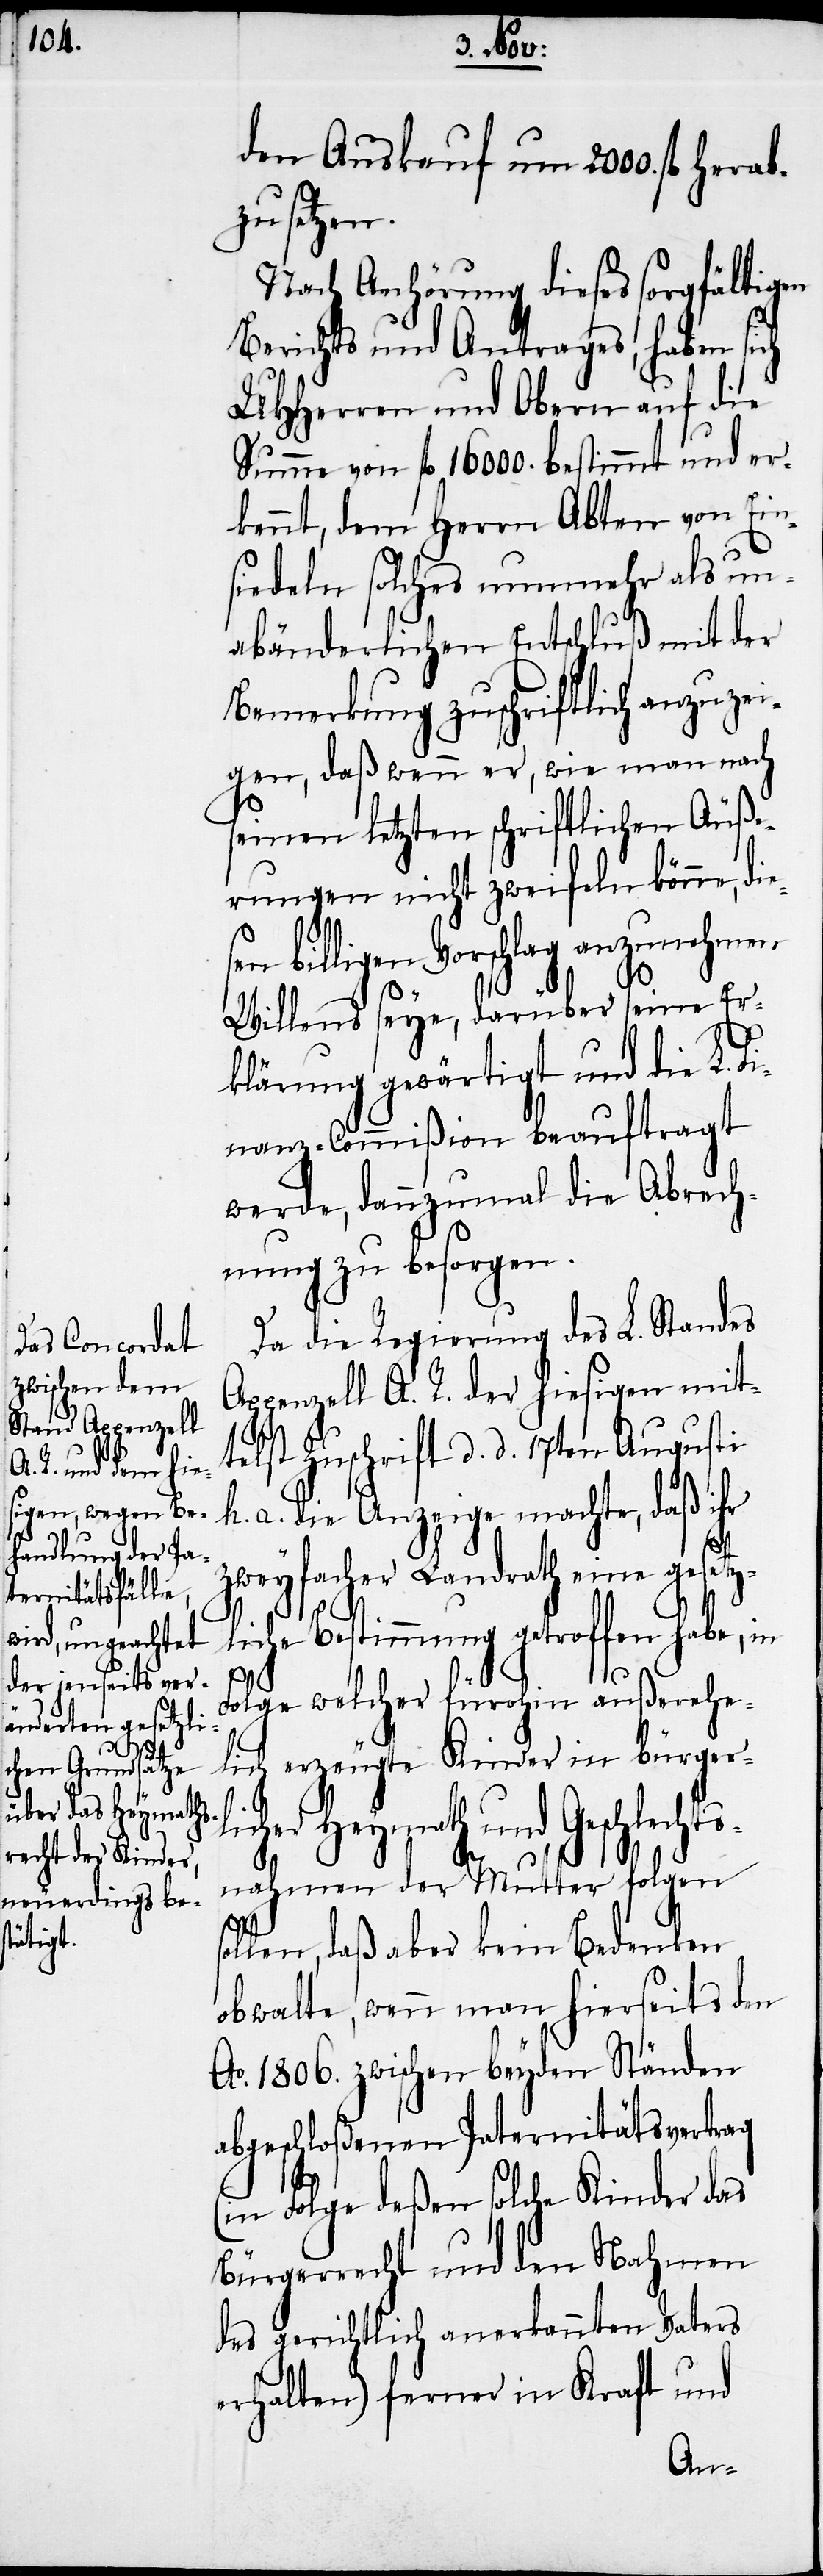
s¬

den Auskauf um 2000. fl herab¬
zusetzen.
Nach Anhörung dieses sorgfältigen
Berichts und Antrages, haben sich
UHHerren und Obern auf die
Summe von fl 16000. bestimmt und er¬
kennt, dem Herrn Abten von Ein¬
siedeln solches nunmehr als un¬
abänderlichen Entschluß mit der
Bemerkung zuschriftlich anzuzei¬
gen, daß wenn er, wie man nach
seinen letztern schriftlichen Äuße¬
rungen nicht zweifeln könne, die¬
en billigen Vorschlag anzunehmen
Willens seye, darüber seine Er¬
klärung gewärtigt und die L.
Finanz-Commißion beauftragt
werde, dannzumal die Abrech¬
nung zu besorgen.
Da die Regierung des L. Standes
Appenzell A. R. der hiesigen mit¬
telst Zuschrift d. d. 17ten Augusti
a. die Anzeige machte, daß ihr
zweyfacher Landrath eine gesetz¬
liche Bestimmung getroffen habe, in
Folge welcher fürohin außerehe¬
lich erzeugte Kinder in bürger¬
und Geschlechts¬
nahmen der Mutter folgen
ollen, daß aber kein Bedenken
obwalte, wenn man hierseits den
Ao. 1806. zwischen beyden Ständen
abgeschloßenen Paternitätsvertrag
(in Folge deßen solche Kinder das
Bürgerrecht und den Nahmen
des gerichtlich anerkannten Vaters
erhalten) ferner in Kraft und